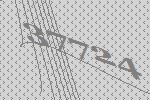
37724